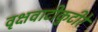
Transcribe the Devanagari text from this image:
वृक्षवाटीकुटीरे